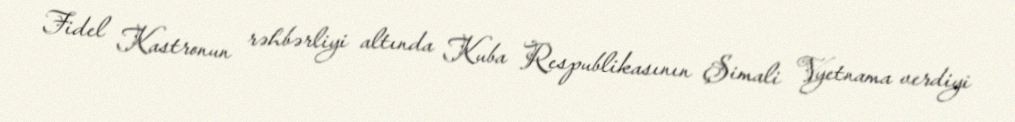
Fidel Kastronun rəhbərliyi altında Kuba Respublikasının Şimali Vyetnama verdiyi